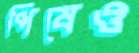
পিষেও